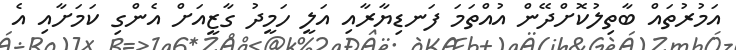
އަމުރުތައް ބާތިލުކޮށްދޭން އުއްތަމަ ފަނޑިޔާރާއި އަލީ ހަމީދު ގާޒީއަށް އެންގި ކަމަށާއި އެ